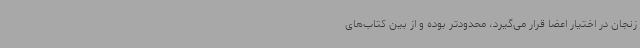
‌زنجان در اختیار اعضا قرار می‌گیرد، محدودتر بوده و از بین کتاب‌های